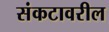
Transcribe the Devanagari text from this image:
संकटावरील